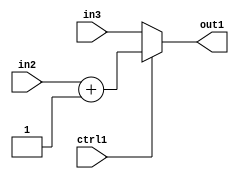
`timescale 1ps / 1ps
/*****************************************************************************
    Verilog RTL Description
    
    
    Created by: Stratus DpOpt 2019.1.01 
*******************************************************************************/

module feature_write_addr_gen_MuxAdd2i1u3u3u1_4_3 (
	in3,
	in2,
	ctrl1,
	out1
	); /* architecture "behavioural" */ 
input [2:0] in3,
	in2;
input  ctrl1;
output [2:0] out1;
wire [2:0] asc001,
	asc002;

assign asc002 = 
	+(in2)
	+(3'B001);

reg [2:0] asc001_tmp_0;
assign asc001 = asc001_tmp_0;
always @ (ctrl1 or asc002 or in3) begin
	case (ctrl1)
		1'B1 : asc001_tmp_0 = asc002 ;
		default : asc001_tmp_0 = in3 ;
	endcase
end

assign out1 = asc001;
endmodule

/* CADENCE  v7H0Qgg= : u9/ySgnWtBlWxVPRXgAZ4Og= ** DO NOT EDIT THIS LINE ******/